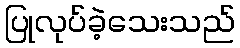
ပြုလုပ်ခဲ့သေးသည်